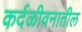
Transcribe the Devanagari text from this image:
कर्दळीवनातील